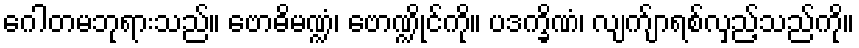
ဂေါတမဘုရားသည်။ ဗောဓိမဏ္ဍံ၊ ဗောဏ္ဍိုင်ကို။ ပဒက္ခိဏံ၊ လျက်ျာရစ်လှည့်သည်ကို။